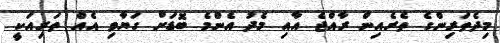
މިދެތަރިންގެ ތެރެއިން ރާއްޖެ އާއި މެދު އެންމެ ބޮޑަށް ގަޔާވި އެއް ތަރިއަކީ